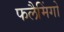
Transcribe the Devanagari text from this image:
फलैमिंगो